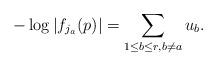
LaTeX: \begin{align*}-\log|f_{j_a}(p)| = \sum_{1 \leq b \leq r, b \neq a} u_b. \end{align*}